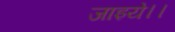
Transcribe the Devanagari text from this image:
जाइये।।